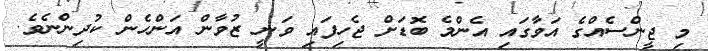
މި ޖީންސެއްގެ އަވާގައި އެންމެ ބޮޑަށް ޖެހިފައި ވަނީ ޒުވާން އަންހެން ކުދިންނެވެ.